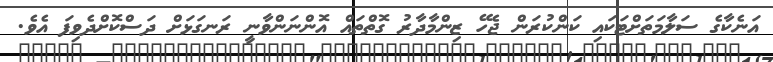
އަނެކާގެ ސަލާމަތަށްޓަކައި ކަންކުރަން ޖެހޭ ޒިންމާދާރު ގޮތްތައް އޮންނަންވާނީ ރަނގަޅަށް ދަސްކޮށްދެވިފަ އެވެ.